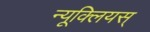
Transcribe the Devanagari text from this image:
न्यूक्लियस्